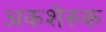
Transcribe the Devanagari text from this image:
अकशेरुक